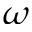
\omega